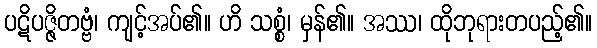
ပဋိပဇ္ဇိတဗ္ဗံ၊ ကျင့်အပ်၏။ ဟိ သစ္စံ၊ မှန်၏။ အဿ၊ ထိုဘုရားတပည့်၏။